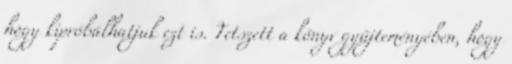
hogy kipróbálhatjuk ezt is. Tetszett a könyv gyűjteményében, hogy